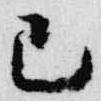
己